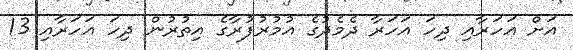
އަށް އަަހަރާއި ދިހަ އަހަރާ ދެމެދުގެ އުމުރުފުރާގެ އިތުރުން ދިހަ އަހަރާއި 13